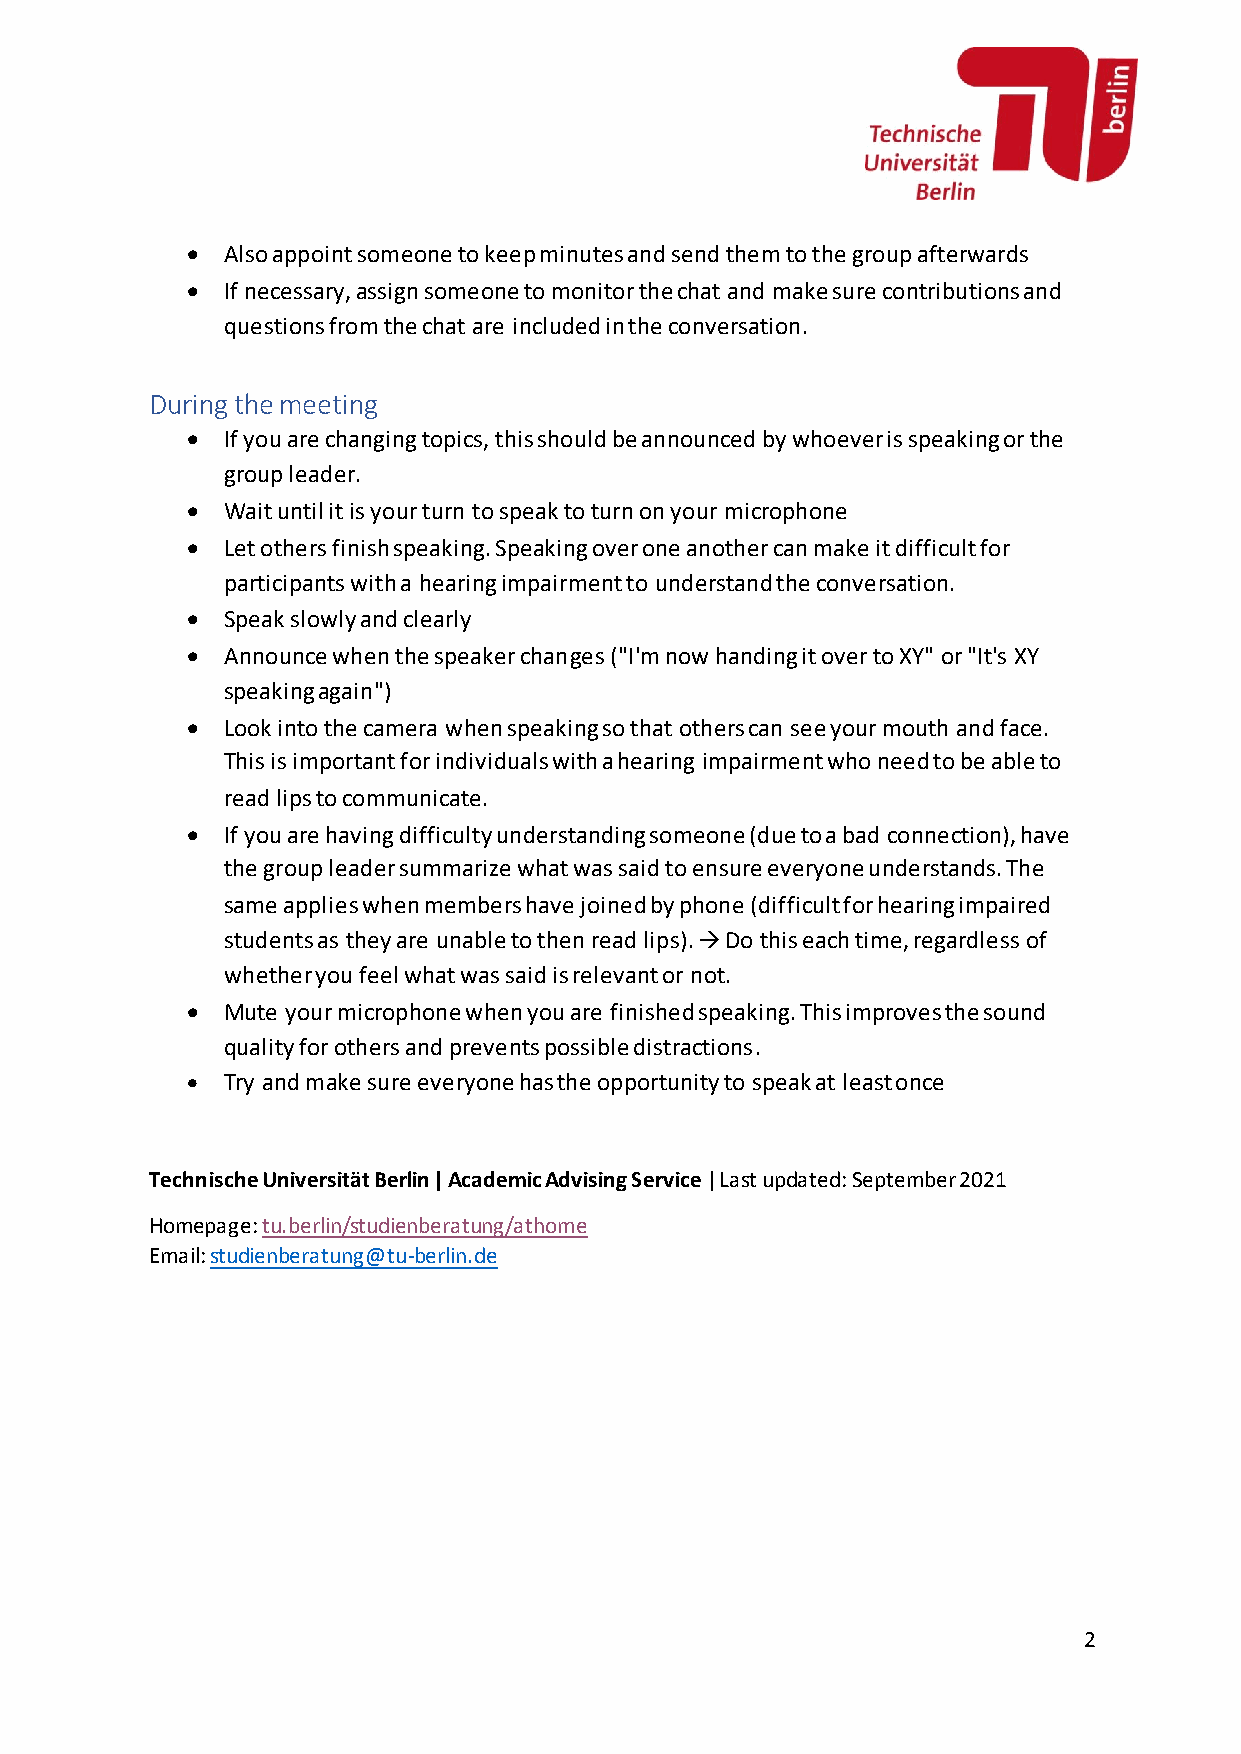
•  Also appoint someone to keep minutes and send them to the group afterwards
 •  If necessary, assign someone to monitor the chat and make sure contributions and
 questions from the chat are included in the conversation.
 During the meeting
 •  If you are changing topics, this should be announced by whoever is speaking or the
 group leader.
 •  Wait until it is your turn to speak to turn on your microphone
 •  Let others finish speaking. Speaking over one another can make it difficult for
 participants with a hearing impairment to understand the conversation.
 •  Speak slowly and clearly
 •  Announce when the speaker changes ("I'm now handing it over to XY" or "It's XY
 speaking again")
 •  Look into the camera when speaking so that others can see your mouth and face.
 This is important for individuals with a hearing impairment who need to be able to
 read lips to communicate.
 •  If you are having difficulty understanding someone (due to a bad connection), have
 the group leader summarize what was said to ensure everyone understands. The
 same applies when members have joined by phone (difficult for hearing impaired
 students as they are unable to then read lips). → Do this each time, regardless of
 whether you feel what was said is relevant or not.
 •  Mute your microphone when you are finished speaking. This improves the sound
 quality for others and prevents possible distractions.
 •  Try and make sure everyone has the opportunity to speak at least once
 Technische Universität Berlin | Academic Advising Service | Last updated: September 2021
 Homepage: tu.berlin/studienberatung/athome
 Email: studienberatung@tu-berlin.de
 2